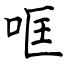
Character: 哐